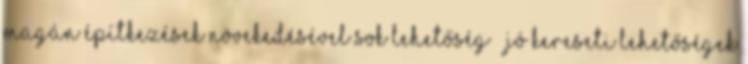
magán építkezések növekedésével sok lehetőség  jó kereseti lehetőségek